Annual report of the Punjab Veterinary College and of the Civil Veterinary Department, Punjab - 1909-1919
Year: 1909
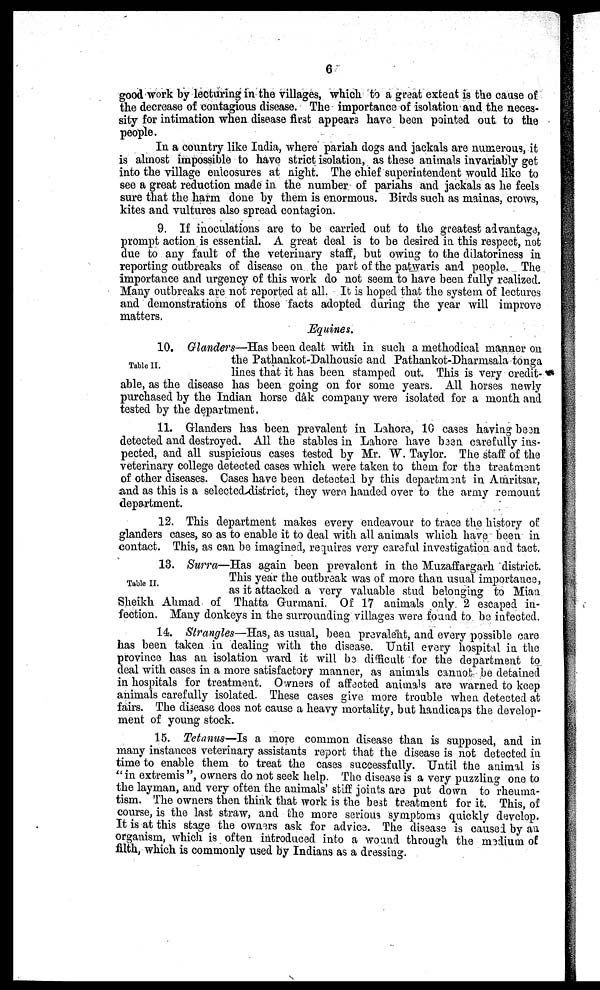
6
good work by lecturing in the villages, which to a great extent is the cause of
the decrease of contagious disease. The importance of isolation and the neces-
sity for intimation when disease first appears have been pointed out to the
people.
In a country like India, where pariah dogs and jackals are numerous, it
is almost impossible to have strict isolation, as these animals invariably get
into the village enlcosures at night. The chief superintendent would like to
see a great reduction made in the number of pariahs and jackals as he feels
sure that the harm done by them is enormous. Birds such as mainas, crows,
kites and vultures also spread contagion.
9. If inoculations are to be carried out to the greatest advantage,
prompt action is essential. A great deal is to be desired in this respect, not
due to any fault of the veterinary staff, but owing to the dilatoriness in
reporting outbreaks of disease on the part of the patwaris and people. The
Importance and urgency of this work do not seem to have been fully realized.
Many outbreaks are not reported at all. It is hoped that the system of lectures
and demonstrations of those facts adopted during the year will improve
matters.
Equines.
Table II.
10. Glanders—Has been dealt with in such a methodical manner on
the Pathankot-Dalhousie and Pathankot-Dharmsala tonga
lines that it has been stamped out. This is very credit-
able, as the disease has been going on for some years. All horses newly
purchased by the Indian horse dâk company were isolated for a month and
tested by the department,
11. Glanders has been prevalent in Lahore, 10 cases having been
detected and destroyed. All the stables in Lahore have been carefully ins-
pected, and all suspicious cases tested by Mr. W. Taylor. The staff of the
veterinary college detected cases which were taken to them for the treatment
of other diseases. Cases have been detected by this department in Amritsar,
and as this is a selected district, they were handed over to the army remount
department.
12. This department makes every endeavour to trace the history of
glanders cases, so as to enable it to deal with all animals which have been in
contact. This, as can be imagined, requires very careful investigation and tact.
Table II.
13. Surra—Has again been prevalent in the Muzaffargarh district.
This year the outbreak was of more than usual importance,
as it attacked a very valuable stud belonging to Mian
Sheikh Ahmad of Thatta Gurmani. Of 17 animals only 2 escaped in-
fection. Many donkeys in the surrounding villages were found to be infected.
14. Strangles—Has, as usual, been prevalent, and every possible care
has been taken in dealing with the disease. Until every hospital in the
province has an isolation ward it will be difficult for the department to
deal with cases in a more satisfactory manner, as animals cannot be detained
in hospitals for treatment. Owners of affected animals are warned to keep
animals carefully isolated. These cases give more trouble when detected at
fairs. The disease does not cause a heavy mortality, but handicaps the develop-
ment of young stock.
15. Tetanus—Is a more common disease than is supposed, and in
many instances veterinary assistants report that the disease is not detected in
time to enable them to treat the cases successfully. Until the animal is
"in extremis", owners do not seek help. The disease is a very puzzling one to
the layman, and very often the animals' stiff joints are put down to rheuma-
tism. The owners then think that work is the best treatment for it. This, of
course, is the last straw, and the more serious symptoms quickly develop.
It is at this stage the owners ask for advice. The disease is caused by an
organism, which is often introduced into a wound through the medium of
filth, which is commonly used by Indians as a dressing.